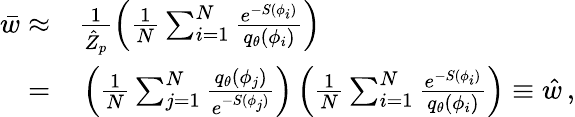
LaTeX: \begin{array}{rl}{\bar{w}\approx}&{{}\frac{1}{\hat{Z}_{p}}\left(\frac{1}{N}\sum_{i=1}^{N}\frac{e^{-S(\phi_{i})}}{{q}_{\theta}(\phi_{i})}\right)}\\ {=}&{{}\left(\frac{1}{N}\sum_{j=1}^{N}\frac{{q}_{\theta}(\phi_{j})}{e^{-S(\phi_{j})}}\right)\left(\frac{1}{N}\sum_{i=1}^{N}\frac{e^{-S(\phi_{i})}}{{q}_{\theta}(\phi_{i})}\right)\equiv\hat{w}\, ,}\end{array}